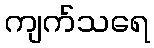
ကျက်သရေ